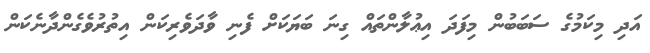
އަދި މިކަމުގެ ސަބަބުން މިފަދަ އިޢުލާންތައް ގިނަ ބަޔަކަށް ފެނި ވާދަވެރިކަން އިތުރުވެގެންދާނެކަން